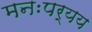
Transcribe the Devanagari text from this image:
मनःपर्यय